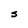
Character: S